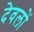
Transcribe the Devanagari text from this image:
देवलों